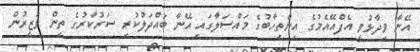
އޭނާ ވިދާޅުވީ އެފްއޭއެމުގެ އިންތިހާބުގެ މައްސަލާގައި އޭނާ ބައްދަލުކުރި ސަރުކާރުގެ ތިން ވަޒީރުން